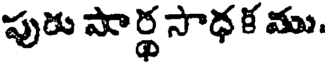
పుడు పార్థ సాధ క ము.